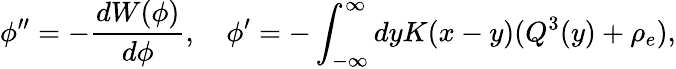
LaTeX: \phi^{\prime\prime}=-{\frac{dW(\phi)}{d\phi}},\quad\phi^{\prime}=-\int_{-\infty}^{\infty}dyK(x-y)(Q^{3}(y)+\rho_{e}),